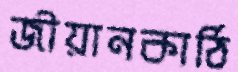
জীয়ানকাঠি